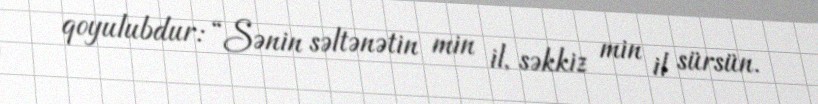
qoyulubdur: “Sənin səltənətin min il, səkkiz min il sürsün.